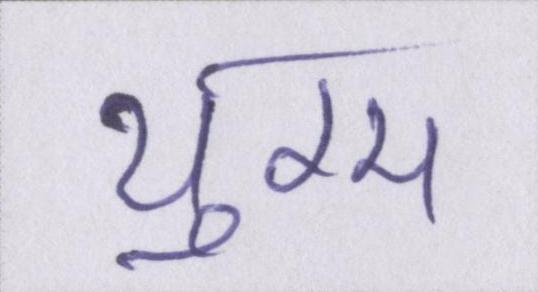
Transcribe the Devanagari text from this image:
युग्म